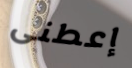
إعطنى